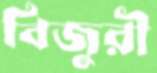
বিজুরী